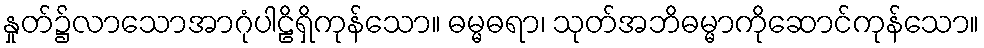
နှုတ်၌လာသောအာဂုံပါဠိရှိကုန်သော။ ဓမ္မဓရာ၊ သုတ်အဘိဓမ္မာကိုဆောင်ကုန်သော။